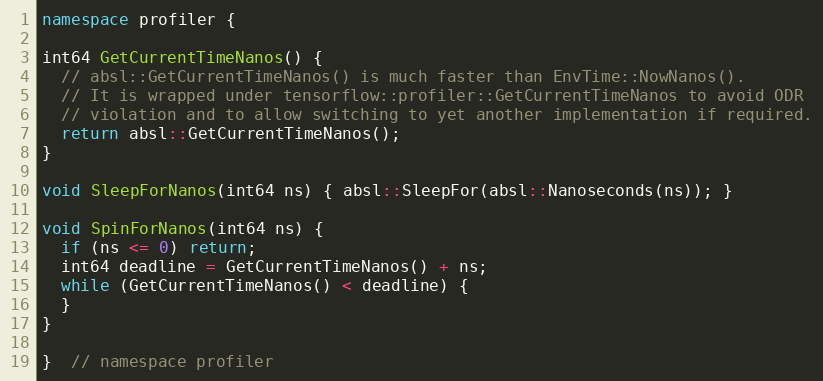
Language: C++
namespace profiler {

int64 GetCurrentTimeNanos() {
  // absl::GetCurrentTimeNanos() is much faster than EnvTime::NowNanos().
  // It is wrapped under tensorflow::profiler::GetCurrentTimeNanos to avoid ODR
  // violation and to allow switching to yet another implementation if required.
  return absl::GetCurrentTimeNanos();
}

void SleepForNanos(int64 ns) { absl::SleepFor(absl::Nanoseconds(ns)); }

void SpinForNanos(int64 ns) {
  if (ns <= 0) return;
  int64 deadline = GetCurrentTimeNanos() + ns;
  while (GetCurrentTimeNanos() < deadline) {
  }
}

}  // namespace profiler